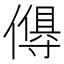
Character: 𬿸